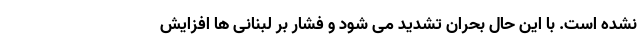
نشده است. با این حال بحران تشدید می شود و فشار بر لبنانی ها افزایش